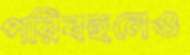
পরিবহনেও